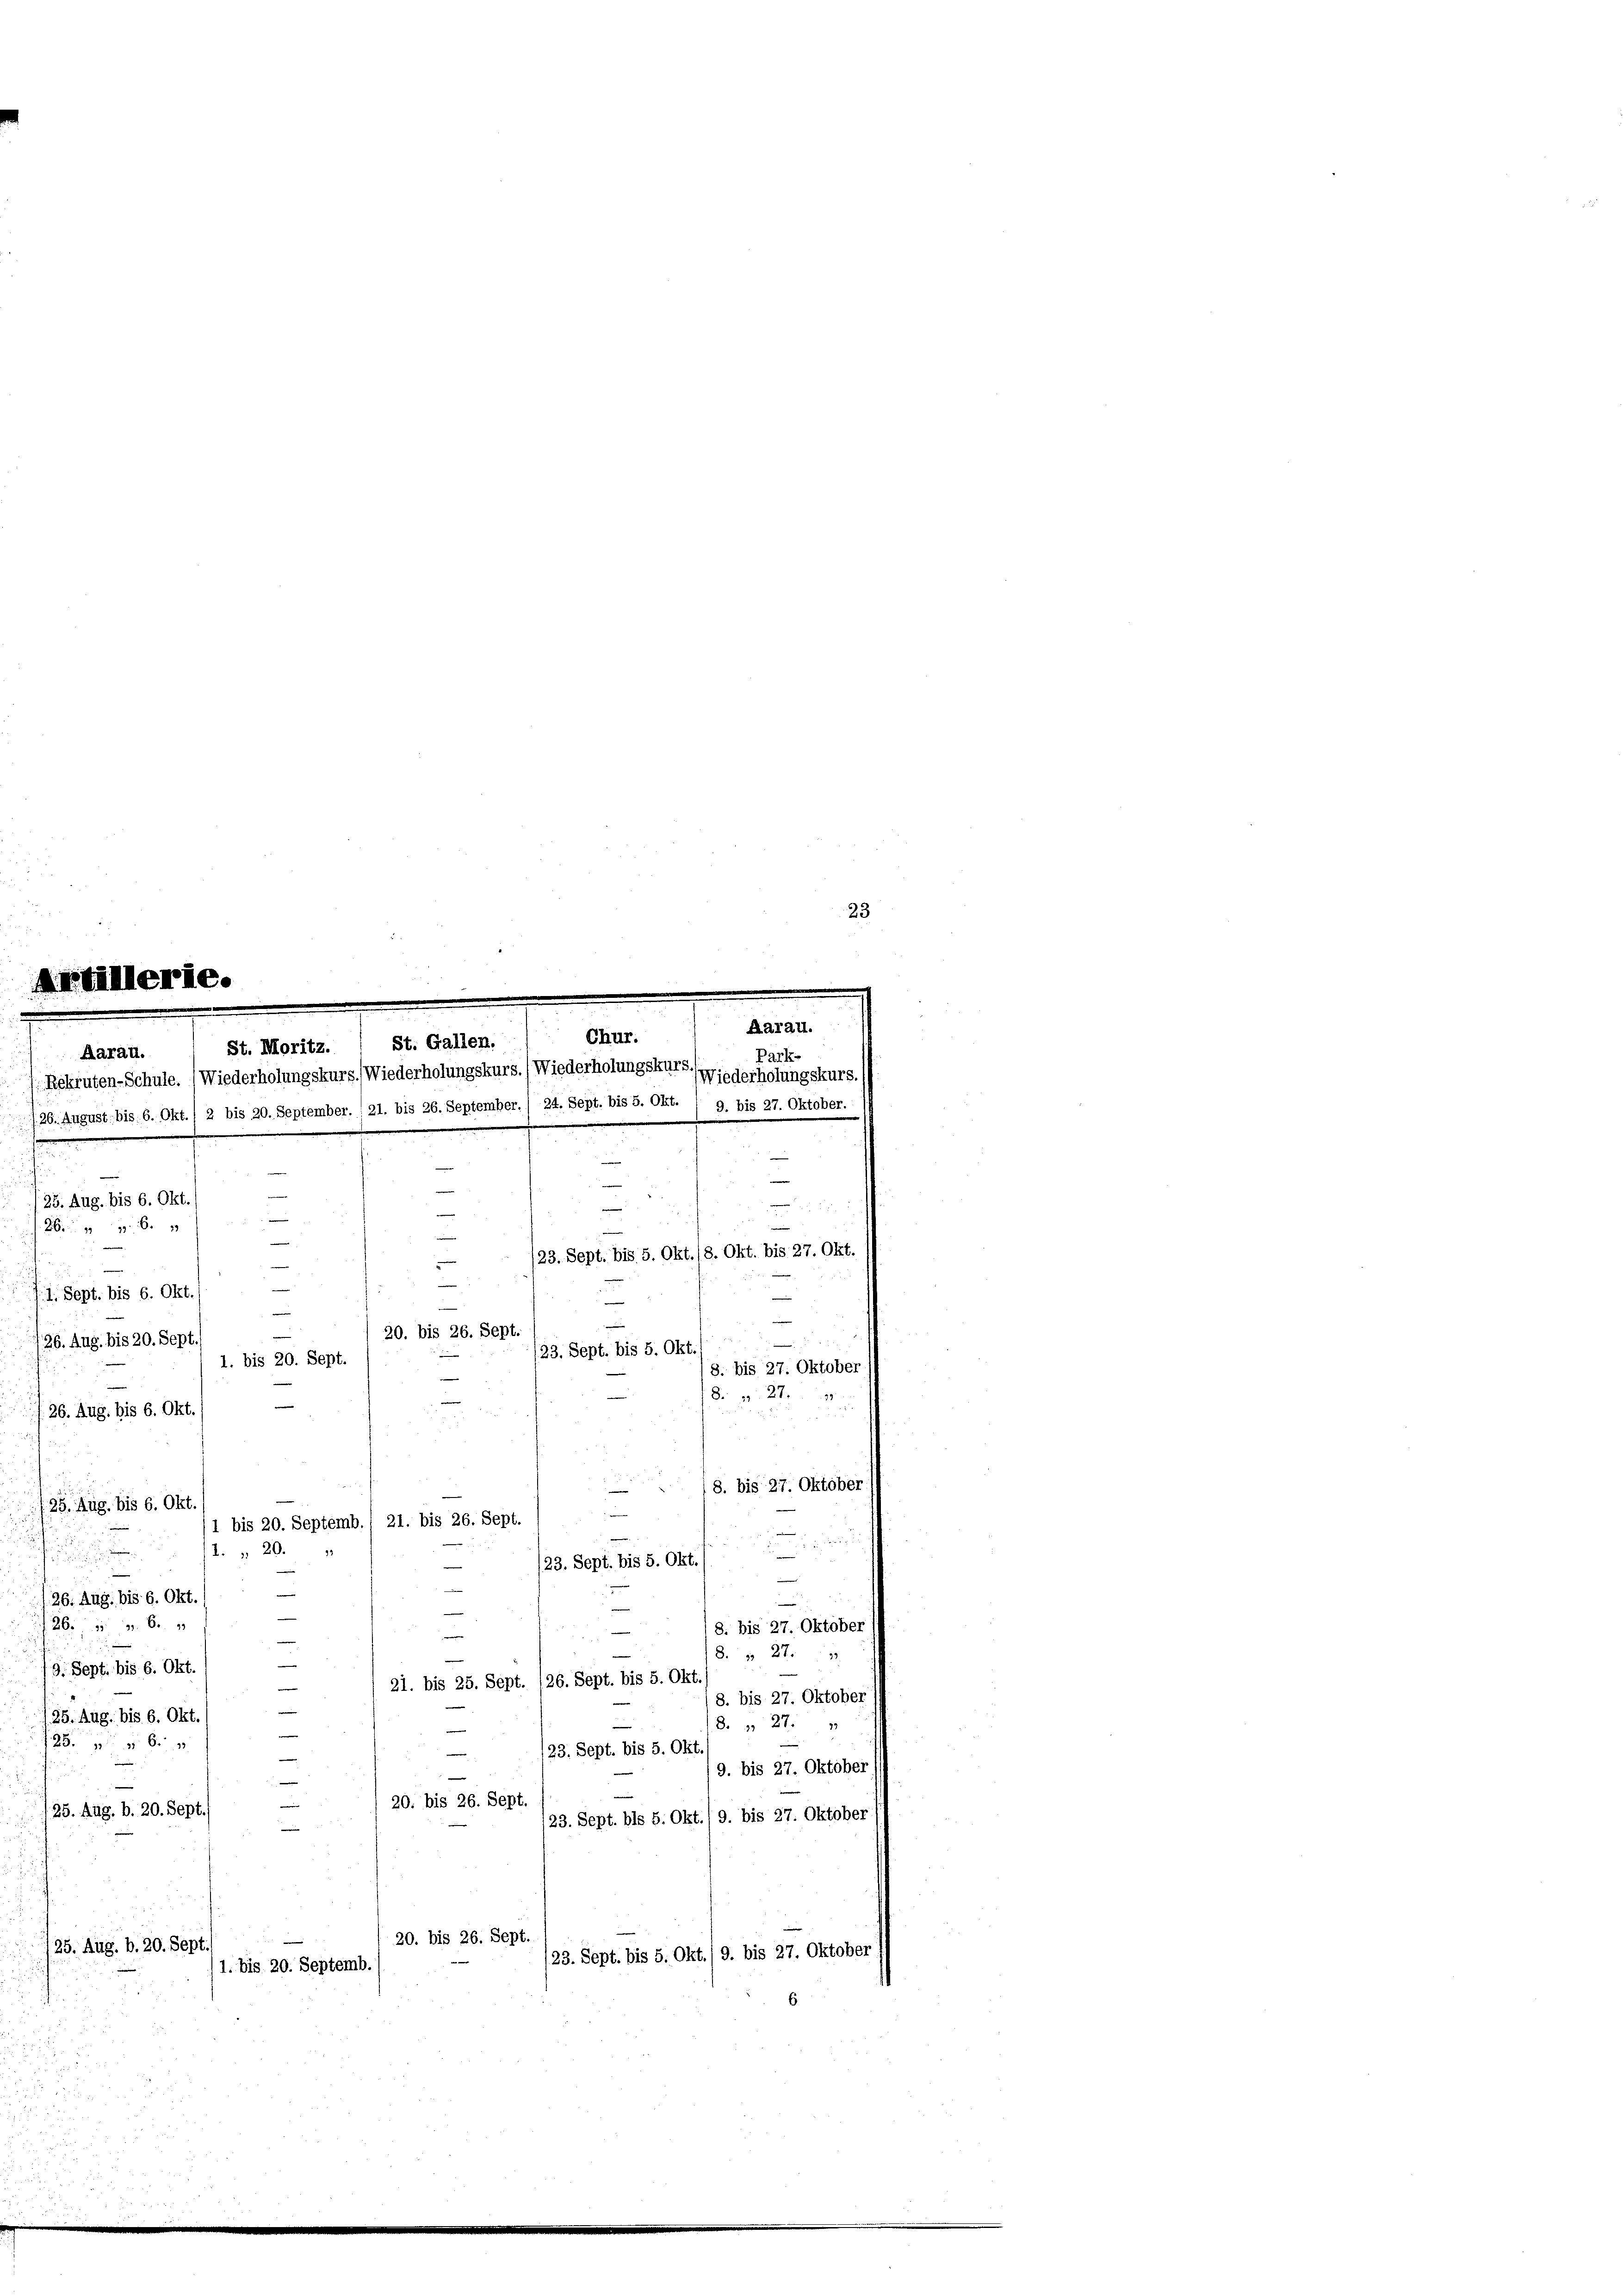
Aarau.
s

d

/8. bis 27. Oktober
e
125. Aug. bis 6. Okt.
e
1 bis 20. Septemb./ 21. bis 26. Sept.

1. " 20.
93
d

/23. Sept. bis 5. Okt.
—
¬
26. Aug. bis 6. Okt
.
i
26. 360.
8. bis 27. Oktober
—
—
8 § 279
—
/9. Sept. bis 6. Okt.
21. bis 25. Sept. (26. Sept. bis 5. Okt.
e
/8. bis 27. Oktober
/25. Aug. bis 6. Okt.
8. 27.
s
256 x
/23. Sept. bis 5. Okt./
e
9. bis 27. Oktober

20. bis 26. Sept.
/25. Aug. b. 20. Sept
/23. Sept. bis 5. Okt./9. bis 27. Oktober
20. bis 26. Sept.
/25. Aug. b. 20. Sept
/23. Sept. bis 5. Okt./9. bis 27. Oktober
1. bis 20. Septemb.
8 2
.

Chur.
St. Moritz.
Park-
Rekruten-Schule. (Wiederholungskurs, Wiederholungskurs.) Wiederholungskurs (Wiederholungskurs.
/26. August bis 6. Okt./ 2 bis 20. September. , 21. bis 26. September./ 24. Sept. bis 5. Okt. / 9. bis 27. Oktober.

—
/25. Aug. bis 6. Okt./
n
u
26 x
/23. Sept. bis 5. Okt./8. Okt. bis 27. Okt.
undun
.
. 1. Sept. bis 6. Okt./
e
i
—
20. bis 26. Sept
/26. Aug. bis 20. Sept.
/23. Sept. bis 5. Okt.
1. bis 20. Sept.
8. bis 27. Oktober
Dr. v. 27.
f. 26. Aug. bis 6. Okt.) —

St. Gallen.

Aarau.

3